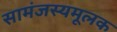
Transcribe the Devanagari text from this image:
सामंजस्यमूलक